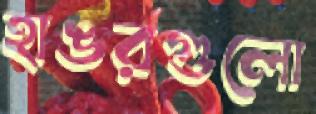
হাঙরগুলো